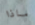
ماذا